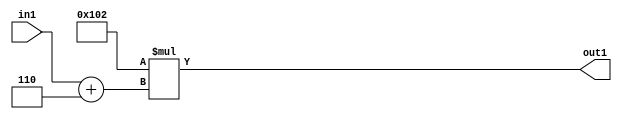
`timescale 1ps / 1ps
/*****************************************************************************
    Verilog RTL Description
    
    
    Created by: Stratus DpOpt 2019.1.01 
*******************************************************************************/

module DC_Filter_Mul2i258Add2i6u2_1 (
	in1,
	out1
	); /* architecture "behavioural" */ 
input [1:0] in1;
output [11:0] out1;
wire [11:0] asc001;
wire [3:0] asc002;

assign asc002 = 
	+(in1)
	+(4'B0110);

assign asc001 = 
	+(12'B000100000010 * asc002);

assign out1 = asc001;
endmodule

/* CADENCE  ubP5TQs= : u9/ySgnWtBlWxVPRXgAZ4Og= ** DO NOT EDIT THIS LINE ******/